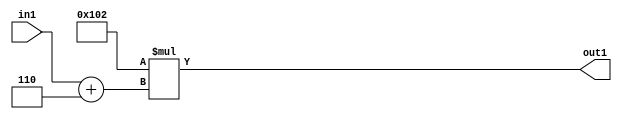
`timescale 1ps / 1ps
/*****************************************************************************
    Verilog RTL Description
    
    
    Created by: Stratus DpOpt 2019.1.01 
*******************************************************************************/

module DC_Filter_Mul2i258Add2i6u2_1 (
	in1,
	out1
	); /* architecture "behavioural" */ 
input [1:0] in1;
output [11:0] out1;
wire [11:0] asc001;
wire [3:0] asc002;

assign asc002 = 
	+(in1)
	+(4'B0110);

assign asc001 = 
	+(12'B000100000010 * asc002);

assign out1 = asc001;
endmodule

/* CADENCE  ubP5TQs= : u9/ySgnWtBlWxVPRXgAZ4Og= ** DO NOT EDIT THIS LINE ******/